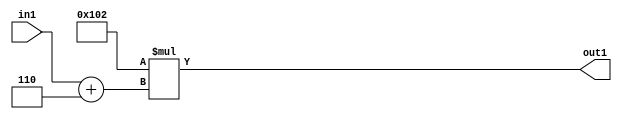
`timescale 1ps / 1ps
/*****************************************************************************
    Verilog RTL Description
    
    
    Created by: Stratus DpOpt 2019.1.01 
*******************************************************************************/

module DC_Filter_Mul2i258Add2i6u2_1 (
	in1,
	out1
	); /* architecture "behavioural" */ 
input [1:0] in1;
output [11:0] out1;
wire [11:0] asc001;
wire [3:0] asc002;

assign asc002 = 
	+(in1)
	+(4'B0110);

assign asc001 = 
	+(12'B000100000010 * asc002);

assign out1 = asc001;
endmodule

/* CADENCE  ubP5TQs= : u9/ySgnWtBlWxVPRXgAZ4Og= ** DO NOT EDIT THIS LINE ******/